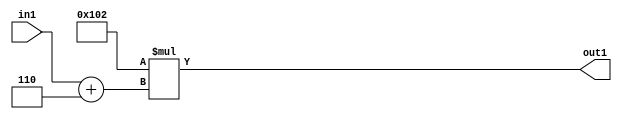
`timescale 1ps / 1ps
/*****************************************************************************
    Verilog RTL Description
    
    
    Created by: Stratus DpOpt 2019.1.01 
*******************************************************************************/

module DC_Filter_Mul2i258Add2i6u2_1 (
	in1,
	out1
	); /* architecture "behavioural" */ 
input [1:0] in1;
output [11:0] out1;
wire [11:0] asc001;
wire [3:0] asc002;

assign asc002 = 
	+(in1)
	+(4'B0110);

assign asc001 = 
	+(12'B000100000010 * asc002);

assign out1 = asc001;
endmodule

/* CADENCE  ubP5TQs= : u9/ySgnWtBlWxVPRXgAZ4Og= ** DO NOT EDIT THIS LINE ******/